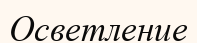
Осветление